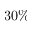
3 0 \%